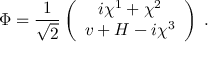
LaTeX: \Phi = \frac { 1 } { \sqrt { 2 } } \left( \begin{array} { c } { { i \chi ^ { 1 } + \chi ^ { 2 } } } \\ { { v + H - i \chi ^ { 3 } } } \end{array} \right) \; .